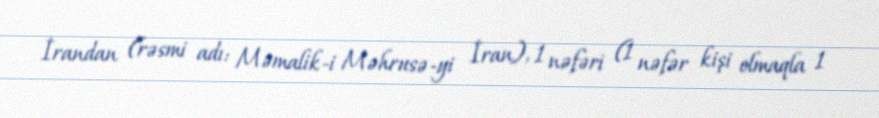
İrandan (rəsmi adı: Məmalik-i Məhrusə-yi İran), 1 nəfəri (1 nəfər kişi olmaqla 1